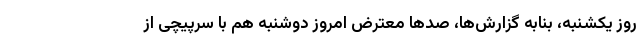
روز یکشنبه، بنابه گزارش‌ها، صدها معترض امروز دوشنبه هم با سرپیچی از